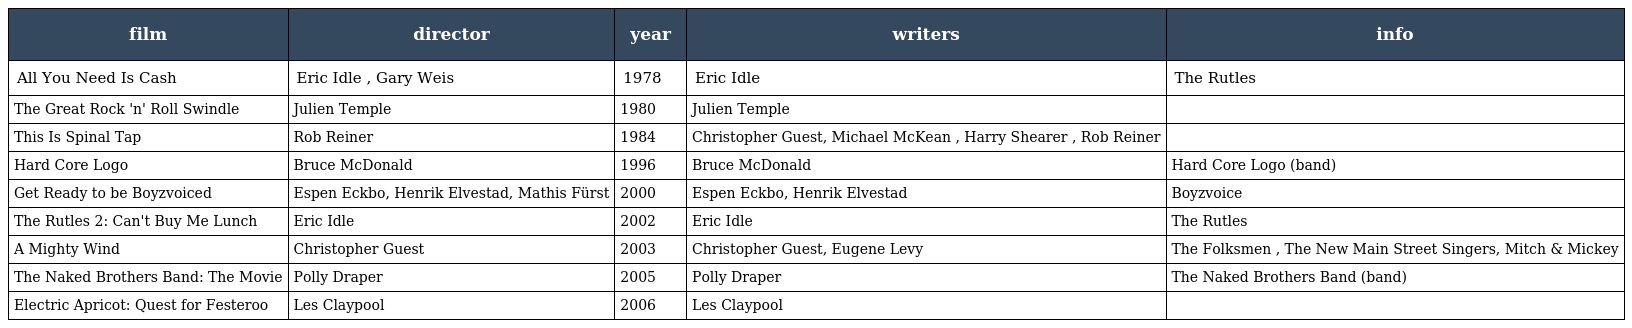
| film | director | year | writers | info |
 | --- | --- | --- | --- | --- |
 | All You Need Is Cash | Eric Idle , Gary Weis | 1978 | Eric Idle | The Rutles |
 | The Great Rock 'n' Roll Swindle | Julien Temple | 1980 | Julien Temple |  |
 | This Is Spinal Tap | Rob Reiner | 1984 | Christopher Guest, Michael McKean , Harry Shearer , Rob Reiner |  |
 | Hard Core Logo | Bruce McDonald | 1996 | Bruce McDonald | Hard Core Logo (band) |
 | Get Ready to be Boyzvoiced | Espen Eckbo, Henrik Elvestad, Mathis Fürst | 2000 | Espen Eckbo, Henrik Elvestad | Boyzvoice |
 | The Rutles 2: Can't Buy Me Lunch | Eric Idle | 2002 | Eric Idle | The Rutles |
 | A Mighty Wind | Christopher Guest | 2003 | Christopher Guest, Eugene Levy | The Folksmen , The New Main Street Singers, Mitch & Mickey |
 | The Naked Brothers Band: The Movie | Polly Draper | 2005 | Polly Draper | The Naked Brothers Band (band) |
 | Electric Apricot: Quest for Festeroo | Les Claypool | 2006 | Les Claypool |  |